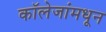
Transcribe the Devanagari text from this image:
कॉलेजांमधून